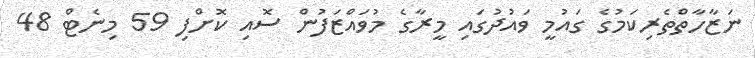
ނަޒާހާތްތެރިކަމުގެ ގައުމީ ވައުދުގައި މީރާގެ މުވައްޒަފުން ސޮއި ކޮށްފި 59 މިނެޓް 48